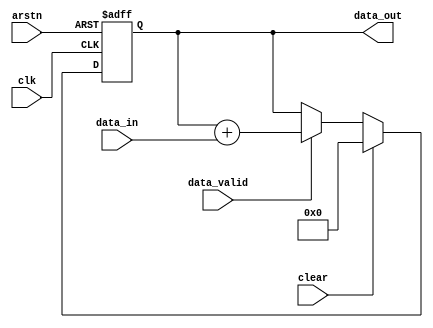
module Accumulator #(
    parameter DATA_WIDTH = 14
)
(clk,arstn,data_in,data_valid,data_out,clear);
input clk;
input arstn;
input [DATA_WIDTH-1:0]data_in;
input data_valid;
input clear;
output [DATA_WIDTH-1:0]data_out;

reg [DATA_WIDTH-1:0]acc_reg;
assign data_out = acc_reg;

always@(posedge clk or negedge arstn)
    begin
        if(~arstn)
            acc_reg <= 0;
        else
            begin
                if(clear)
                    acc_reg <= 0;
                else
                    begin
                        if(data_valid)
                            acc_reg <= acc_reg + data_in;
                        else
                            acc_reg <= acc_reg;
                    end
            end
    end


endmodule